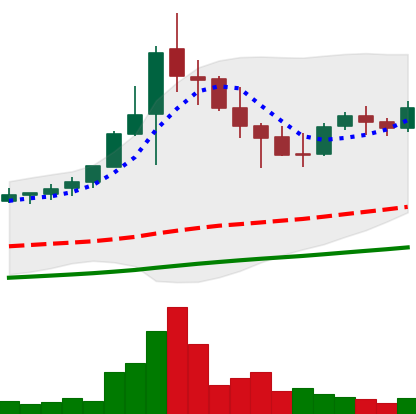
Ticker: NEO-USD
Chart end date: 2021-04-30
Forward return: 18.895%
Label: up_7plus